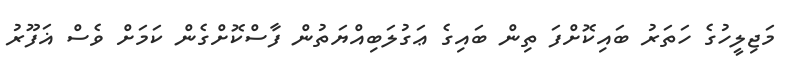
މަޖިލީހުގެ ހަތަރު ބައިކޮށްފަ ތިން ބައިގެ ޢަގުލަބިއްޔަތުން ފާސްކޮށްގެން ކަމަށް ވެސް ޣަފޫރު